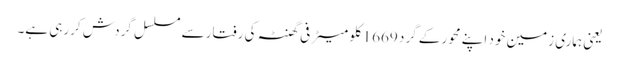
یعنی ہماری زمین خود اپنے محور کے گرد 1669کلو میٹر فی گھنٹہ کی رفتار سے مسلسل گردش کررہی ہے۔